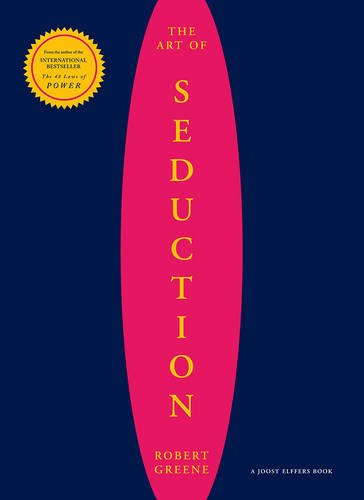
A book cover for The Art of Seduction; Robert Greene; Parenting & Relationships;